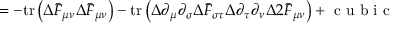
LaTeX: = - \mathrm { t r } \left( \Delta \bar { F } _ { \mu \nu } \Delta \bar { F } _ { \mu \nu } \right) - \mathrm { t r } \left( \Delta \partial _ { \mu } \partial _ { \sigma } \Delta \bar { F } _ { \sigma \tau } \Delta \partial _ { \tau } \partial _ { \nu } \Delta 2 \bar { F } _ { \mu \nu } \right) + \textrm { c u b i c }